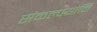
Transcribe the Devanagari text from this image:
संकल्पयोनि